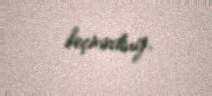
keçirirdiniz.